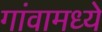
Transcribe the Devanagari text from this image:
गांवामध्ये